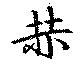
赫